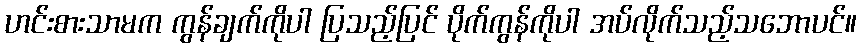
ဟင်းစားသာမက ကွန်ချက်ကိုပါ ပြသည့်ပြင် ပိုက်ကွန်ကိုပါ အပ်လိုက်သည့်သဘောပင်။